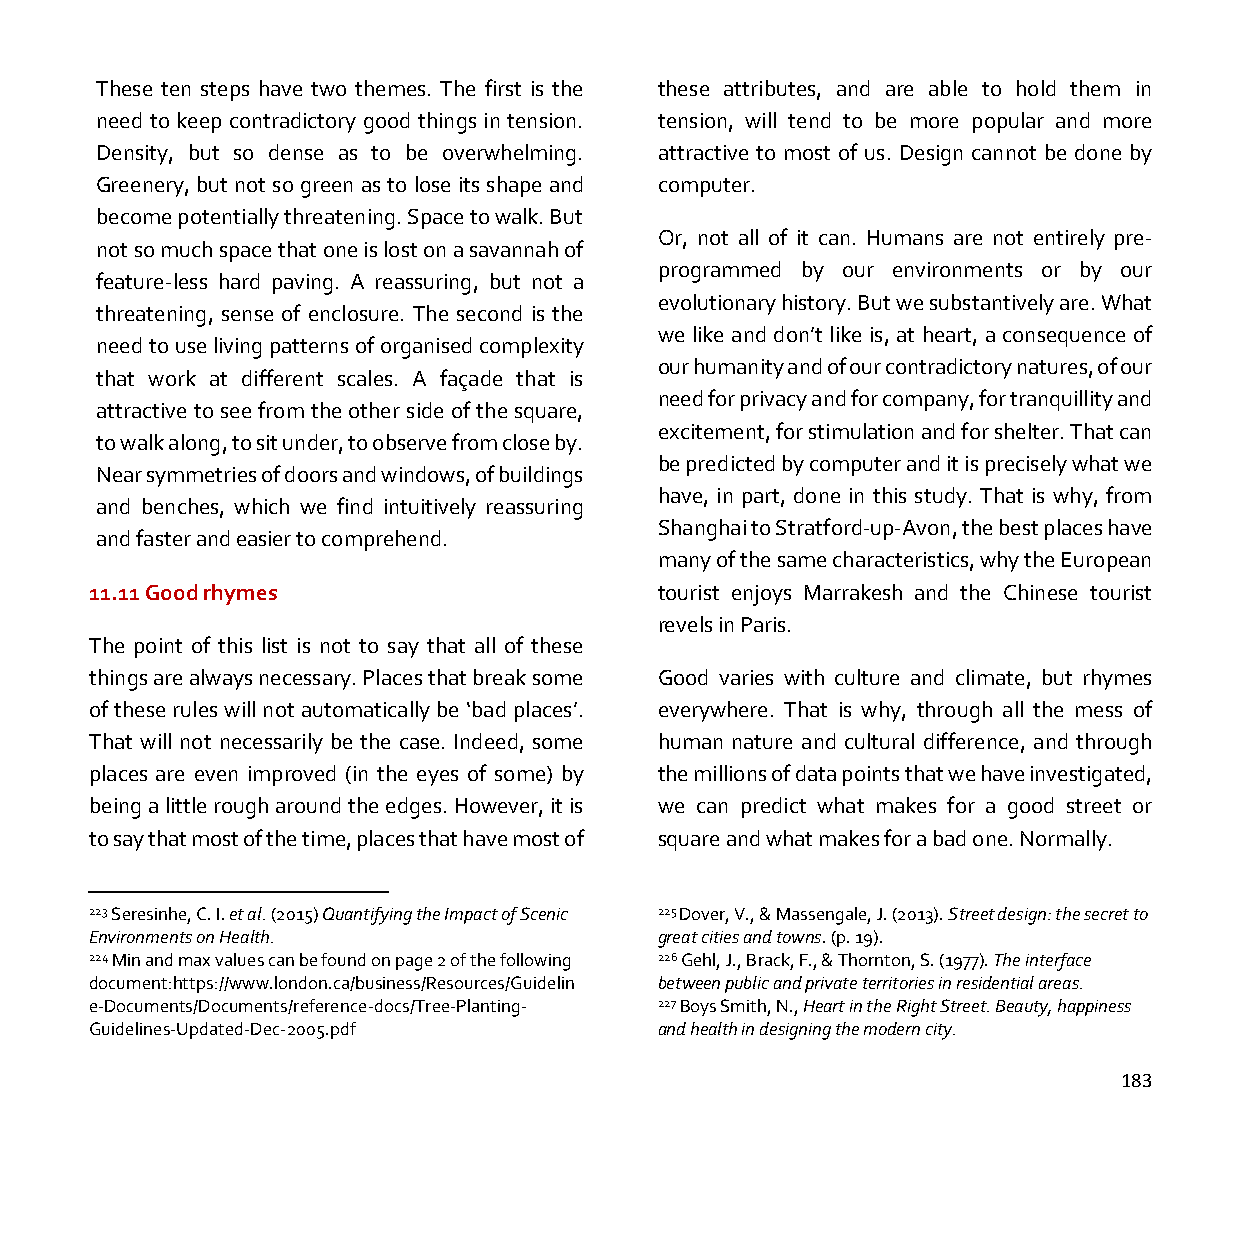
These ten steps have two themes. The first is the these attributes, and are able to hold them in
 need to keep contradictory good things in tension. tension, will tend to be more popular and more
 Density, but so dense as to be overwhelming. attractive to most of us. Design cannot be done by
 Greenery, but not so green as to lose its shape and computer.
 become potentially threatening. Space to walk. But
 Or, not all of it can. Humans are not entirely pre-
 not so much space that one is lost on a savannah of
 programmed by our environments or by our
 feature-less hard paving. A reassuring, but not a
 evolutionary history. But we substantively are. What
 threatening, sense of enclosure. The second is the
 we like and don’t like is, at heart, a consequence of
 need to use living patterns of organised complexity
 our humanity and of our contradictory natures, of our
 that work at different scales. A façade that is
 need for privacy and for company, for tranquillity and
 attractive to see from the other side of the square,
 excitement, for stimulation and for shelter. That can
 to walk along, to sit under, to observe from close by.
 be predicted by computer and it is precisely what we
 Near symmetries of doors and windows, of buildings
 have, in part, done in this study. That is why, from
 and benches, which we find intuitively reassuring
 Shanghai to Stratford-up-Avon, the best places have
 and faster and easier to comprehend.
 many of the same characteristics, why the European
 11.11 Good rhymes                     tourist enjoys Marrakesh and the Chinese tourist
 revels in Paris.
 The point of this list is not to say that all of these
 things are always necessary. Places that break some Good varies with culture and climate, but rhymes
 of these rules will not automatically be ‘bad places’. everywhere. That is why, through all the mess of
 That will not necessarily be the case. Indeed, some human nature and cultural difference, and through
 places are even improved (in the eyes of some) by the millions of data points that we have investigated,
 being a little rough around the edges. However, it is we can predict what makes for a good street or
 to say that most of the time, places that have most of square and what makes for a bad one. Normally.
 223 Seresinhe, C. I. et al. (2015) Quantifying the Impact of Scenic 225 Dover, V., & Massengale, J. (2013). Street design: the secret to
 Environments on Health.               great cities and towns. (p. 19).
 224 Min and max values can be found on page 2 of the following 226 Gehl, J., Brack, F., & Thornton, S. (1977). The interface
 document:https://www.london.ca/business/Resources/Guidelin between public and private territories in residential areas.
 e-Documents/Documents/reference-docs/Tree-Planting- 227 Boys Smith, N., Heart in the Right Street. Beauty, happiness
 Guidelines-Updated-Dec-2005.pdf       and health in designing the modern city.
 183